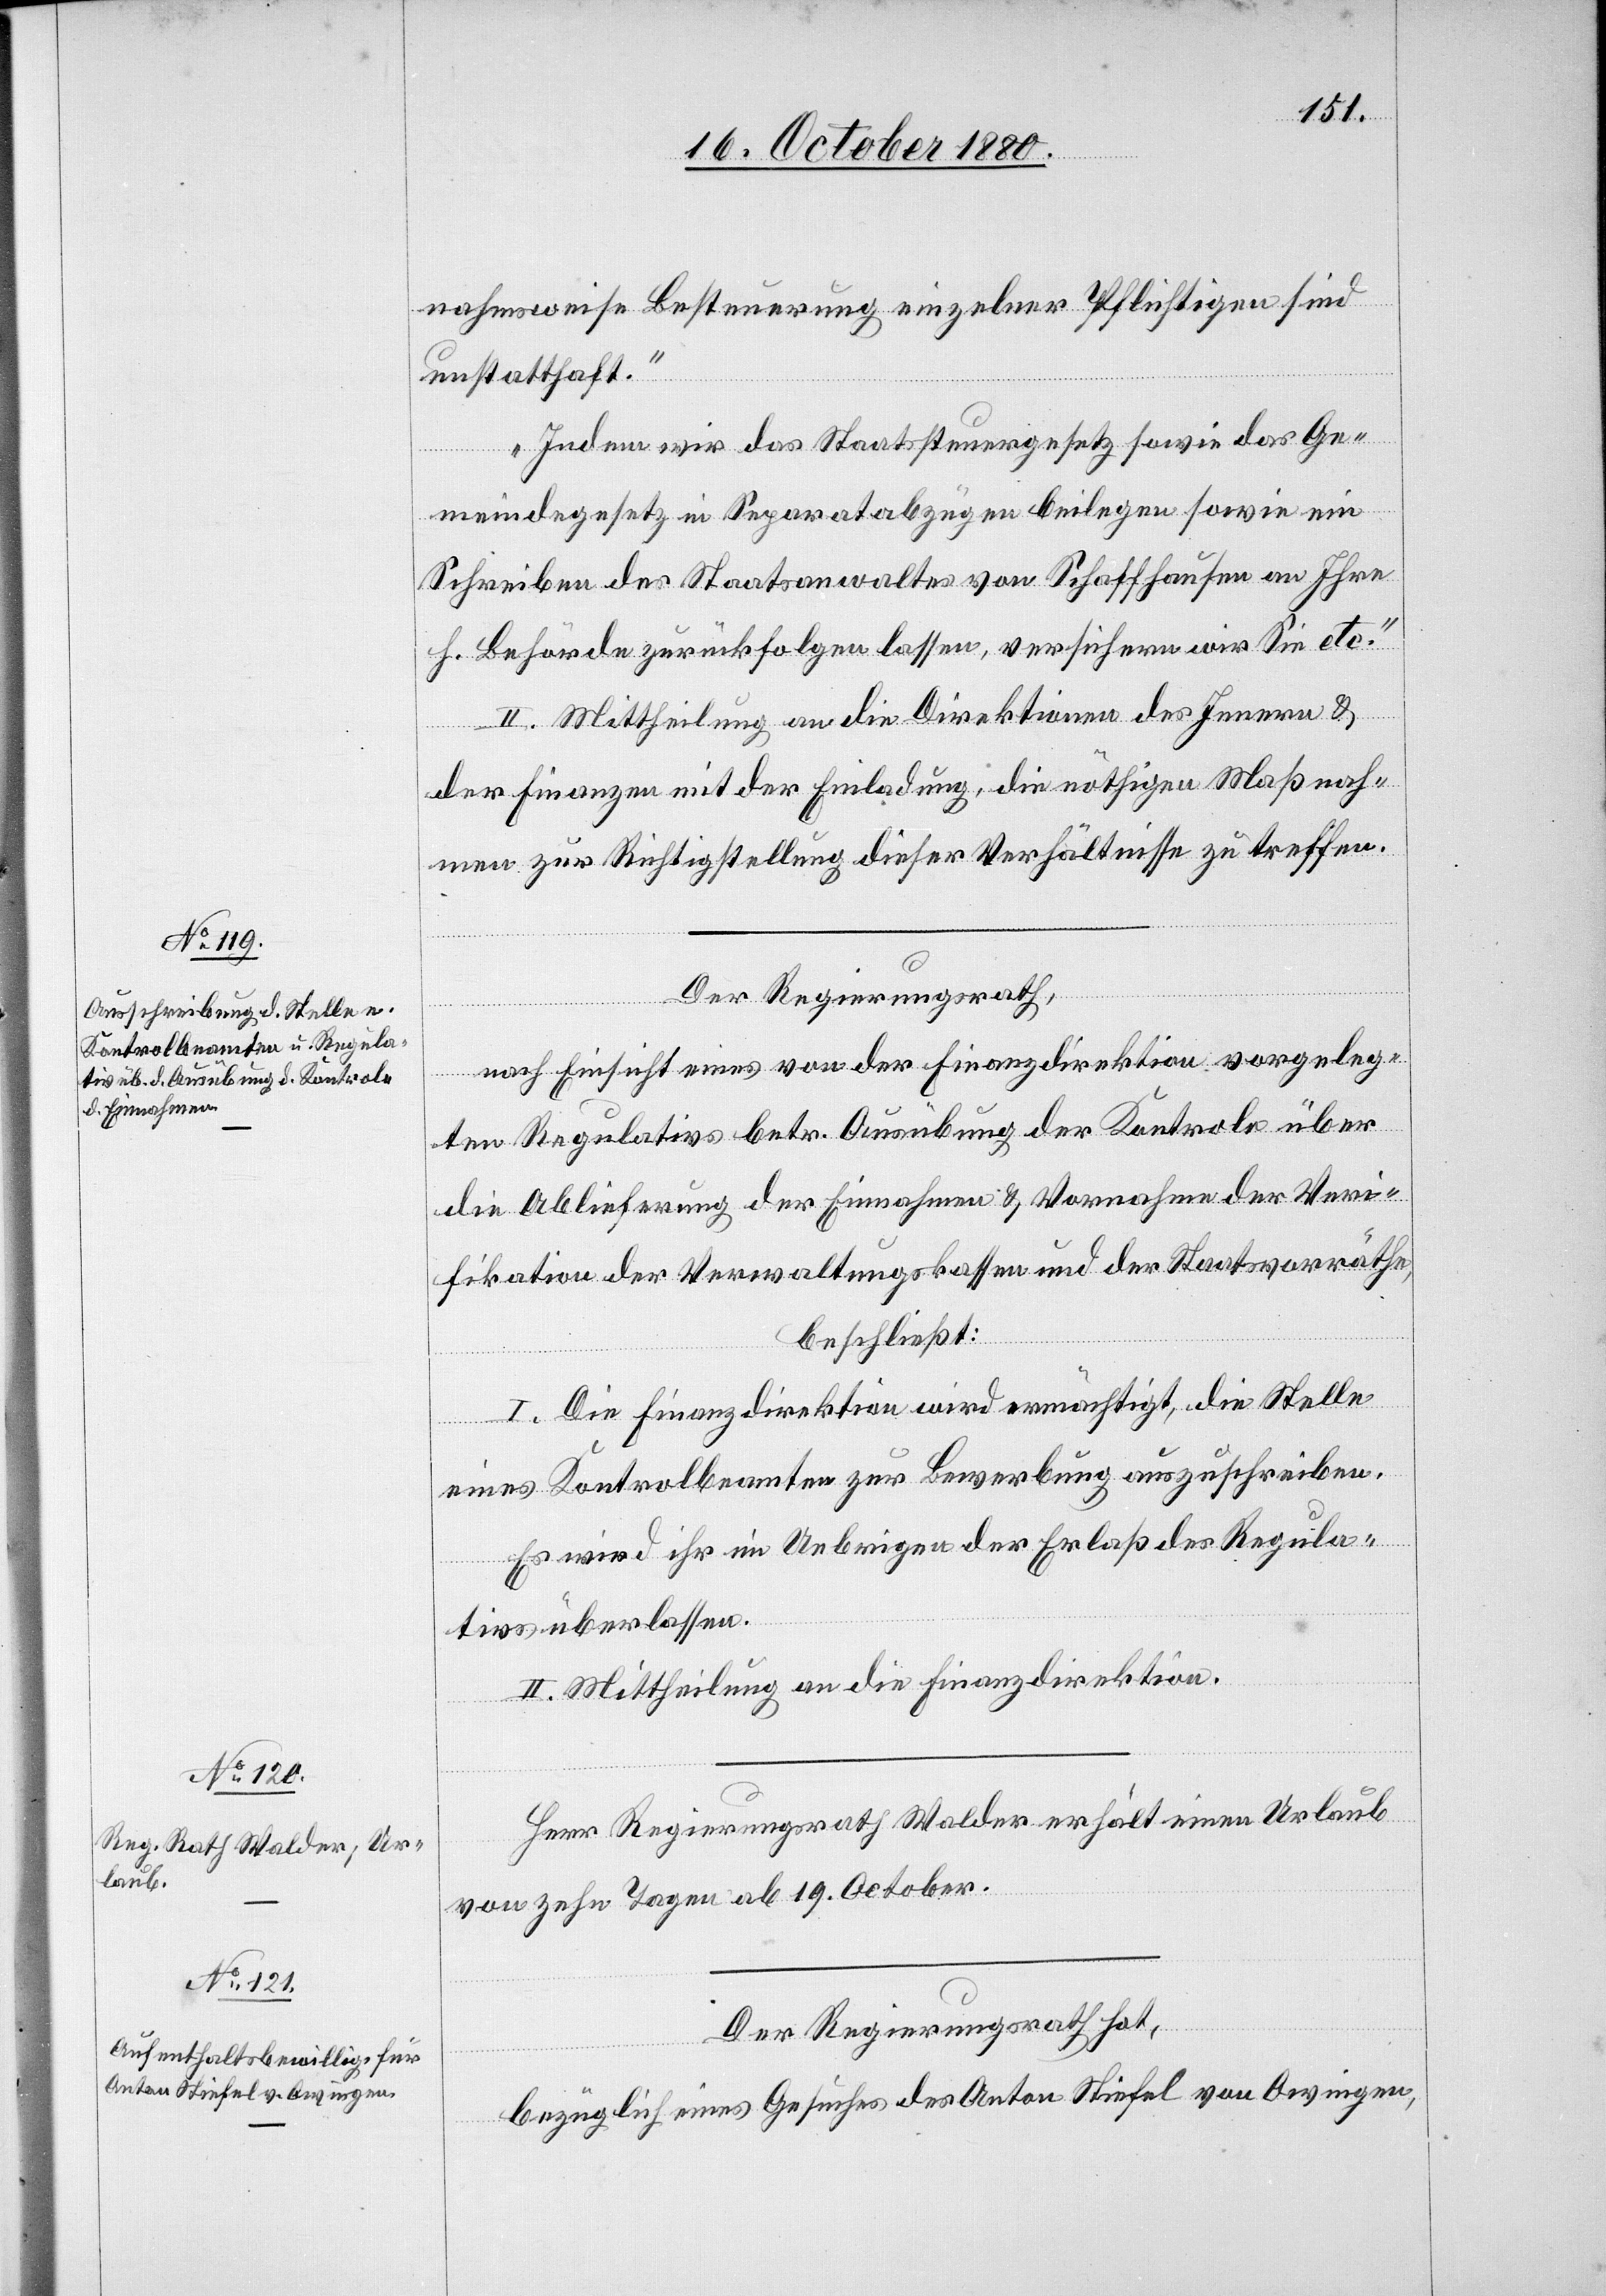
nahmsweise Besteuerung einzelner Pflichtigen sind
unstatthaft.“
Indem wir das Staatssteuergesetz sowie das Ge¬
meindegesetz in Separatabzügen beilegen sowie ein
Schreiben des Staatsanwaltes von Schaffhausen an Ihre
h. Behörde zurückfolgen lassen versichern wir Sie etc.“
II. Mittheilung an die Direktion des Innern &
der Finanzen mit der Einladung, die nöthigen Maßnah¬
men zur Richtigstellung dieser Verhältnisse zu treffen.
Der Regierungsrath,
nach Einsicht eines von der Finanzdirektion vorgeleg¬
ten Regulativs betr. Ausübung der Kontrole über
die Ablieferung der Einnahmen & Vornahme der Veri¬
fikation der Verwaltungskassen und der Staatsvorräthe,
beschließt:
I. Die Finanzdirektion wird ermächtigt, die Stelle
eines Kontrolbeamten zur Bewerbung auszuschreiben.
Es wird ihr im Uebrigen der Erlaß des Regula¬
tivs überlassen.
II. Mittheilung an die Finanzdirektion.
Herr Regierungsrath Walder erhält einen Urlaub
von zehn Tagen ab 19. Oktober.
Der Regierungsrath hat,
bezüglich eines Gesuches des Anton Stiefel von Owingen,